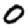
Digit: 0